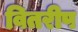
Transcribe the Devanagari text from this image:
वितरीप